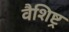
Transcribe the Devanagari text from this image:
वैशिष्ट्र